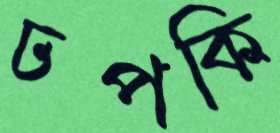
ঢপকি